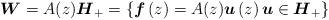
LaTeX: \begin{align*}\begin{array}{l}\boldsymbol{W}=A(z)\boldsymbol{H}_{+}=\left\{ \boldsymbol{f}\left( z\right)=A(z)\boldsymbol{u}\left( z\right) \boldsymbol{u}\in\boldsymbol{H}_{+}\right\}\end{array} \end{align*}